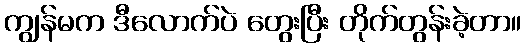
ကျွန်မက ဒီလောက်ပဲ တွေးပြီး တိုက်တွန်းခဲ့တာ။